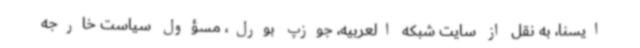
ایسنا، به نقل از سایت شبکه العربیه، جوزپ بورل، مسؤول سیاست خارجه